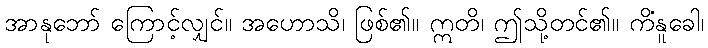
အာနုဘော် ကြောင့်လျှင်။ အဟောသိ၊ ဖြစ်၏။ ဣတိ၊ ဤသို့တင်၏။ ကိံနူခေါ၊